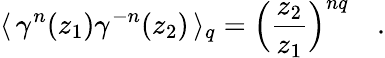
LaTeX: \langle\, \gamma^{n}(z_{1})\gamma^{-n}(z_{2})\, \rangle_{q}=\Big(\frac{z_{2}}{z_{1}}\Big)^{nq}\quad.